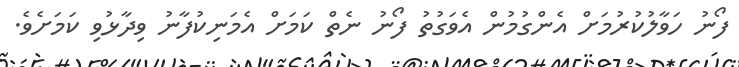
ފޯނު ހަވާލުކުރުމަށް އެންގުމުން އެވަގުތު ފޯނު ނެތް ކަމަށް އެމަނިކުފާނު ވިދާޅުވި ކަމަށެވެ.